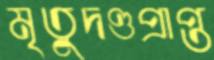
মৃতুদণ্ডপ্রাপ্ত